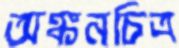
অঙ্কনচিত্র